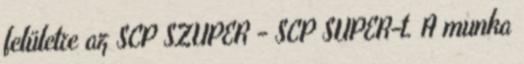
felületre az SCP SZUPER - SCP SUPER-t. A munka